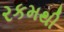
રકમથી